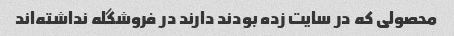
محصولی که در سایت زده بودند دارند در فروشگله نداشته‌اند